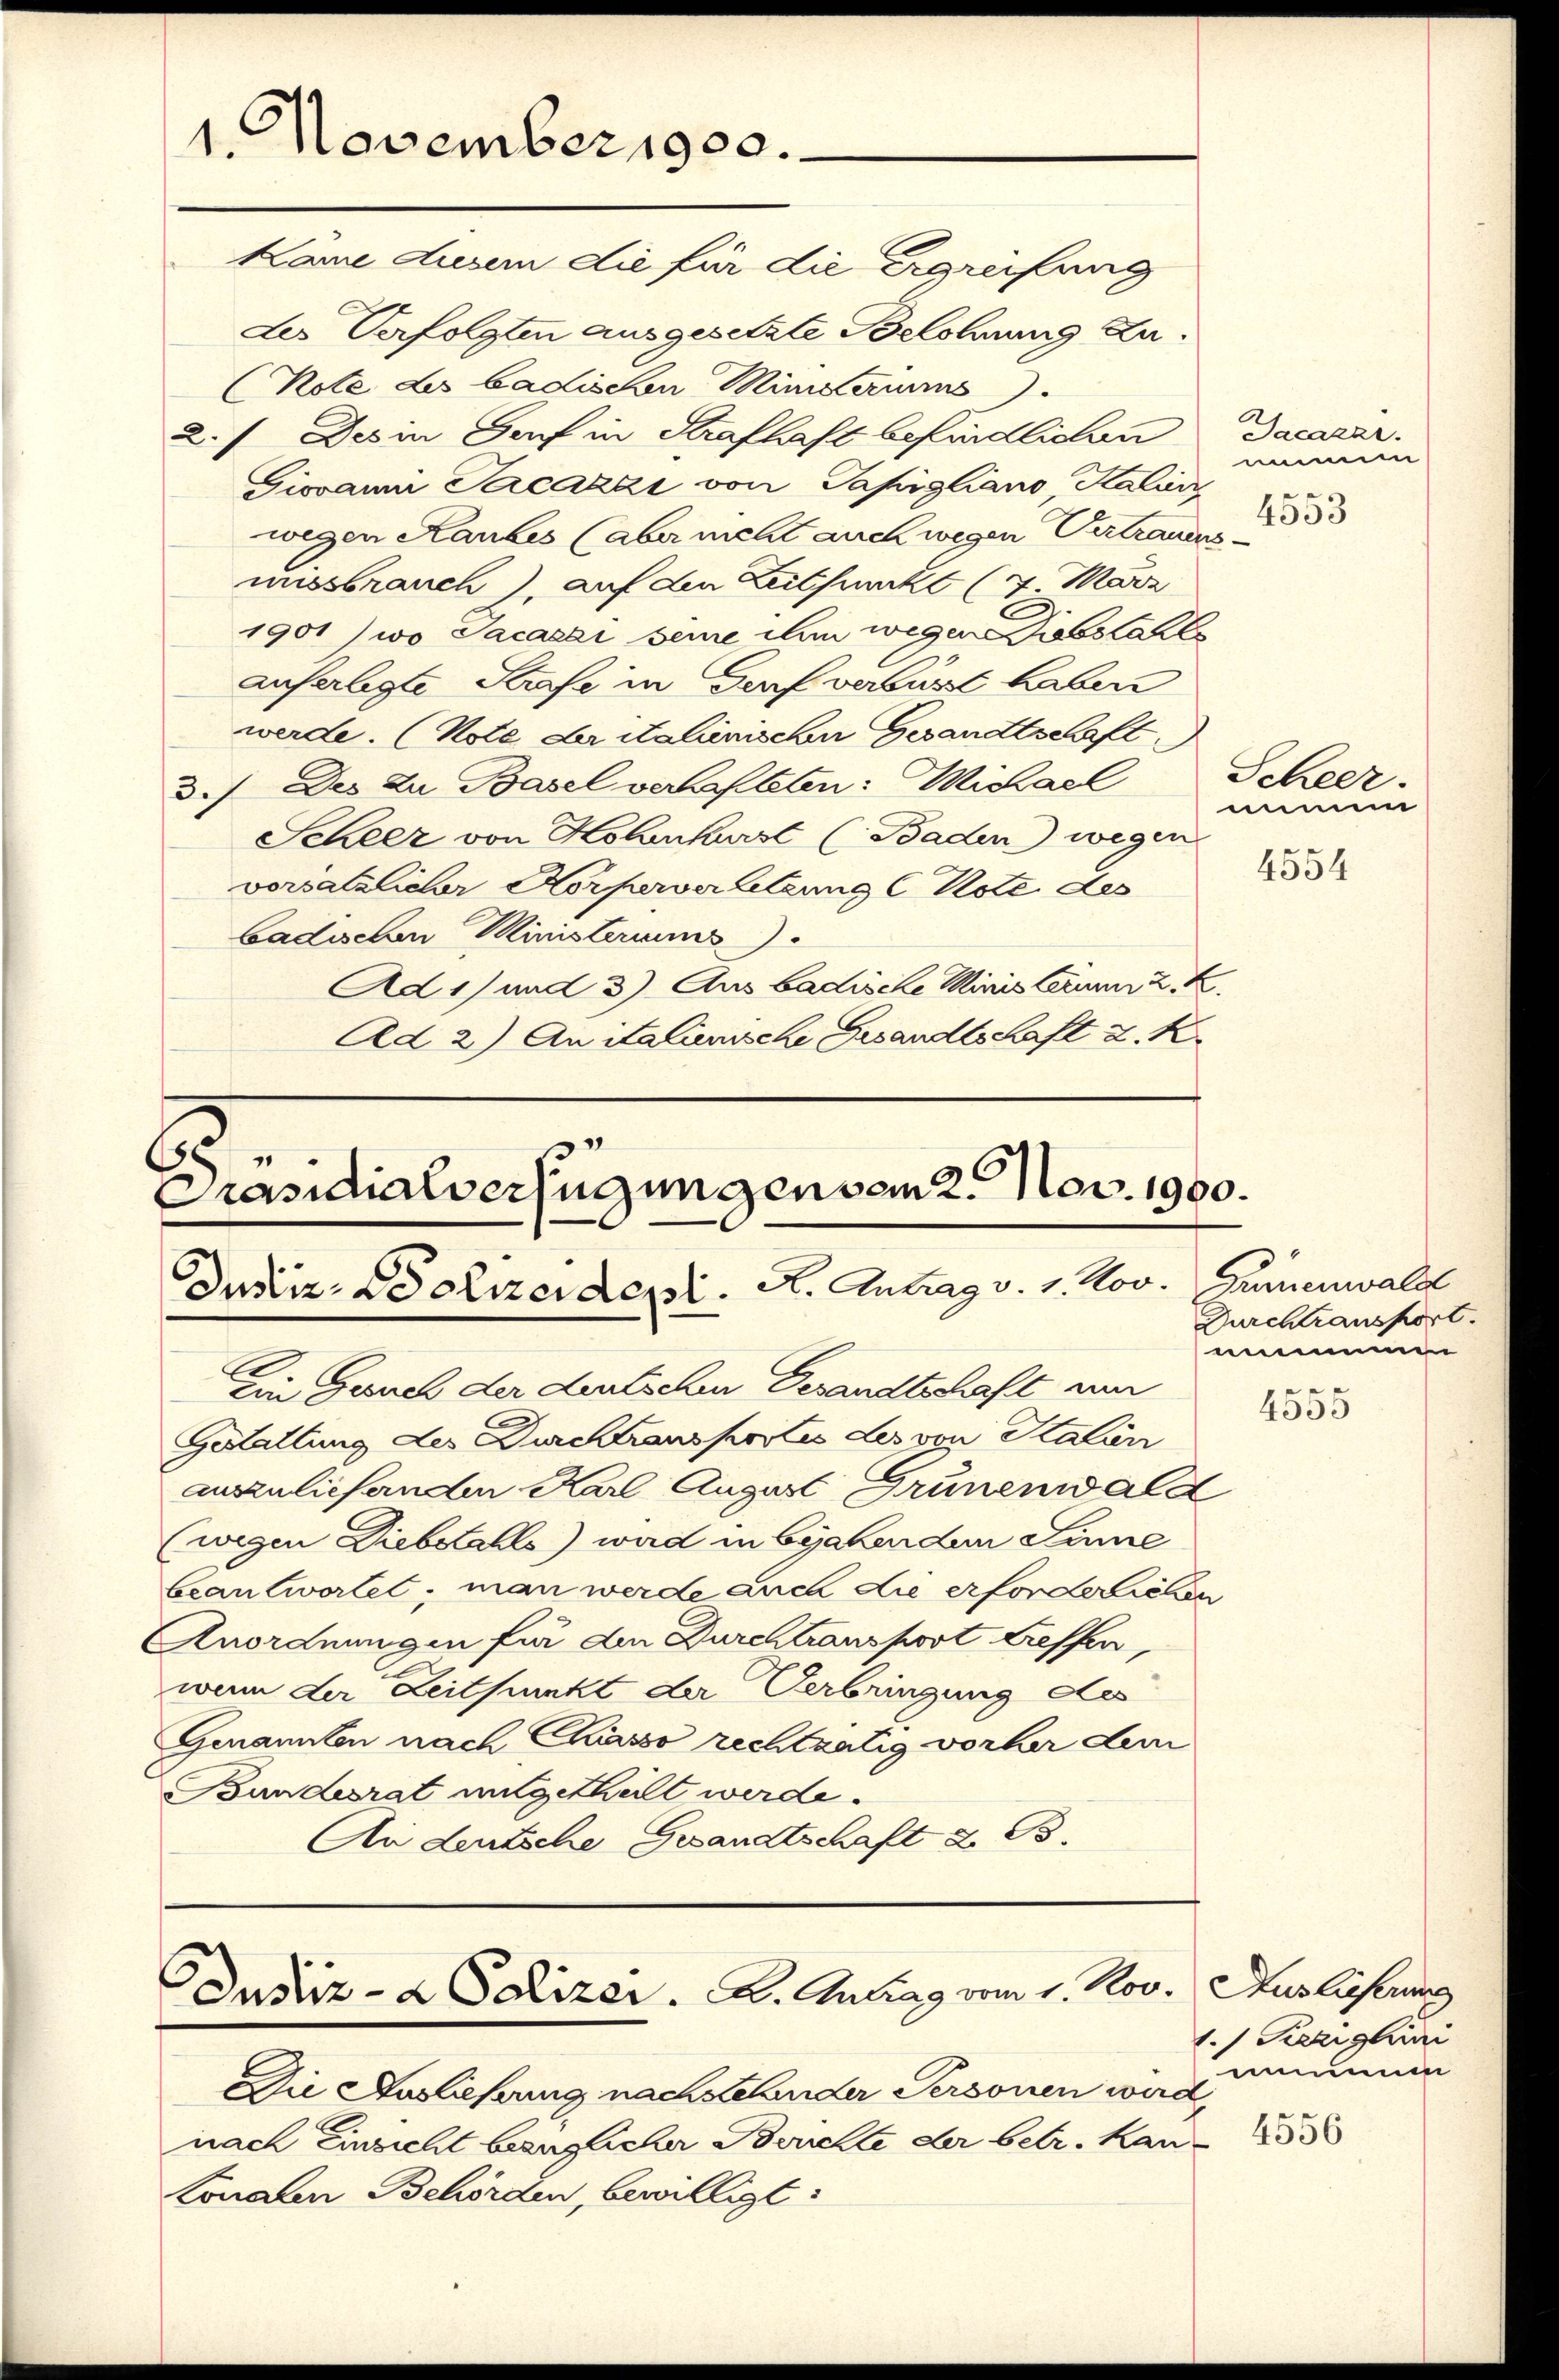
1. November 1900.

des Verfolgten ausgesetzte Belohnung zu¬
Kote des badischen Minderums).
a.) Des in Dorf in Strafhaft befindlichen
Giovan Parcazzi von Papigliano, Kalienz
wegen Raubes (aber nicht auch wegen Vertrauens.
missbrauch), auf den Zeitpunkt (4 März
1901) wo Sacasar seine ihm wegen Diebstahls
auferlegte Strafe in Genf verlässt haben
werde. (Kote Aritalienischen Gesandtschaft
3./ Des zu Basel verhalten: Michael
Scheer von Konkurst (Baden) wegen
vorsätzlicher Körperverletzung (Note des
badischen Ministeriums
Ad 1) und 3). Aus badische Ministerum z. Z.
Ad 2) An Stalienische Gesandtschaft z. K.

kame Ausein die für die ergreifung

Präsidialverfügungen sein 2. Nov. 1900.
Justiz- Polizeidept. H. Antrag v. 1. Nov.

Ein Gesuch der deutschen Gesandtschaft um
Gestattung des Durchtransportes des von Kalien
auszulief anden Karl August Grünenwald
(wegen Diebstahls) wird in bejahenden Sinne
beantwortet, man werde auch die erforderichen
Anordnungen für den Durchtransport treffen,
wenn der Zeitpunkt der Verbringung des
Genannten nach Chasso rechtzatig vorher dem
Bundesrat mitgetheilt werde.
An deutsche Gesandtschaft d. B.

Justiz- & Polizer. A. Antrag vom 1. Nov.

Die Auslieferung nachstehender Personen wird,
nach Einsicht bezüglicher Berichte der betr. Kan¬
Lonauen Behörden, bewilligt:

Dacazar
ime
.
4053

Scheer.
nunn
4554

Gumenwald
Durchtransport.
nmme
e
4055

Auslieferung
1.) Diezighini
mnimm
4556